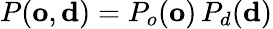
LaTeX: P(\mathbf{o},\mathbf{d})=P_{o}(\mathbf{o})\, P_{d}(\mathbf{d})